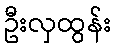
ဦးလှထွန်း